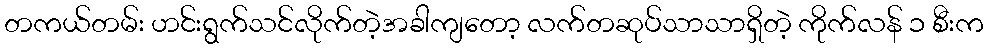
တကယ်တမ်း ဟင်းရွက်သင်လိုက်တဲ့အခါကျတော့ လက်တဆုပ်သာသာရှိတဲ့ ကိုက်လန် ၁ စီးက